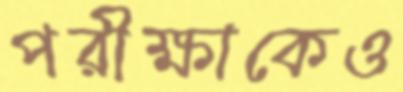
পরীক্ষাকেও